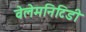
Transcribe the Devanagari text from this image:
वेलेमनिटिडी